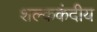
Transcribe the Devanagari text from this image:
शल्ककंदीय